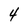
Character: 4